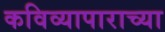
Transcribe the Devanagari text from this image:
कविव्यापाराच्या